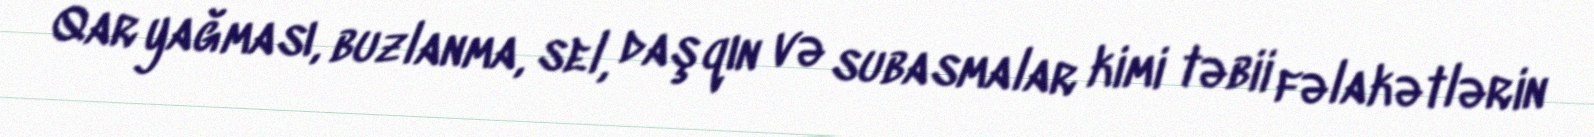
Qar yağması, buzlanma, sel, daşqın və subasmalar kimi təbii fəlakətlərin